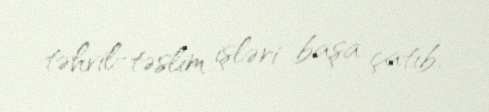
təhvil-təslim işləri başa çatıb.